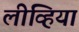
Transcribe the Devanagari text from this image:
लीव्हिया